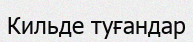
Кильде туғандар